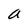
Character: a